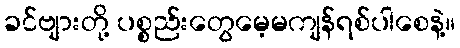
ခင်ဗျားတို့ ပစ္စည်းတွေမေ့မကျန်ရစ်ပါစေနဲ့။